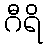
ဂီရိ